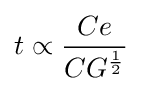
t\propto {\frac {Ce}{CG^{\frac {1}{2}}}}